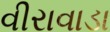
વીરાવાડા